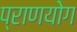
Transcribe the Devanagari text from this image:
प्राणयोग